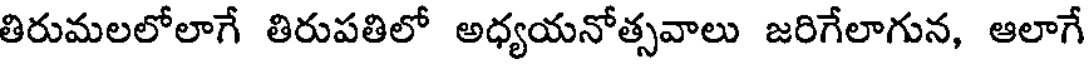
తిరుమలలోలాగే తిరుపతిలో అధ్యయనోత్సవాలు జరిగేలాగున, ఆలాగే